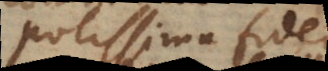
potissima fidei